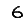
Digit: 6